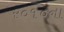
ર૦૧૦ના